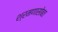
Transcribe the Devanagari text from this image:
श्रमणासोबत